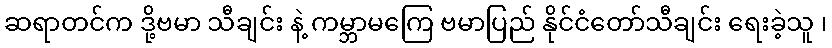
ဆရာတင်က ဒို့ဗမာ သီချင်း နဲ့ ကမ္ဘာမကြေ ဗမာပြည် နိုင်ငံတော်သီချင်း ရေးခဲ့သူ ၊